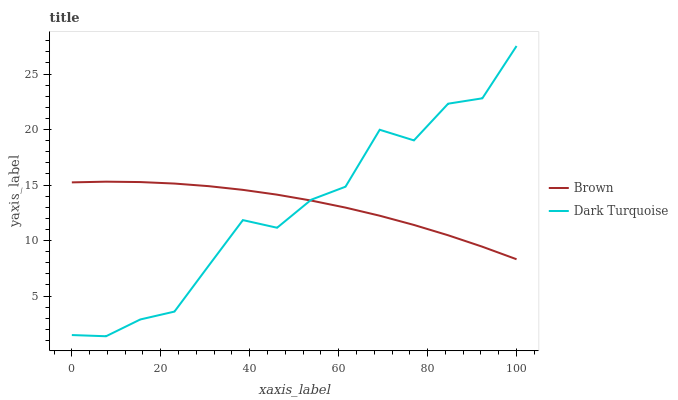
| xaxis_label | Brown | Dark Turquoise |
 | --- | --- | --- |
 | 0 | 15.2 | 1.49 |
 | 7.69 | 15.3 | 1.38 |
 | 15.4 | 15.3 | 2.89 |
 | 23.1 | 15.1 | 3.6 |
 | 30.8 | 14.9 | 7.74 |
 | 38.5 | 14.6 | 11.8 |
 | 46.2 | 14.1 | 11.2 |
 | 53.8 | 13.6 | 13.7 |
 | 61.5 | 13 | 14.9 |
 | 69.2 | 12.2 | 20 |
 | 76.9 | 11.4 | 19 |
 | 84.6 | 10.5 | 22.3 |
 | 92.3 | 9.45 | 22.8 |
 | 100 | 8.32 | 27.5 |